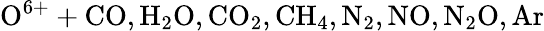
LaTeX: \mathrm{O^{6+}+CO,H_{2}O,CO_{2},CH_{4},N_{2},NO,N_{2}O,Ar}